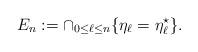
LaTeX: \begin{align*} E_n := \cap_{0 \leq \ell \leq n} \{ \eta_\ell = \eta^\star_\ell \} .\end{align*}